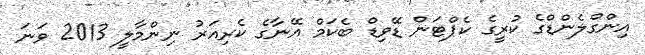
އިންގްލެންޑްގެ ކުރީގެ ކެޕްޓަން ޑޭވިޑް ބެކަމް އޭނާގެ ކެރިއަރު ނިންމާލީ 2013 ވަނަ